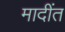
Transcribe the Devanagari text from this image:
मादींत